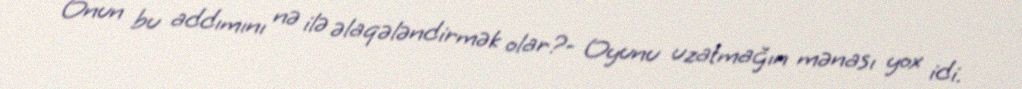
Onun bu addımını nə ilə əlaqələndirmək olar?- Oyunu uzatmağın mənası yox idi.